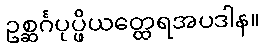
ဥစ္ဆင်္ဂပုပ္ဖိယတ္ထေရအပဒါန။